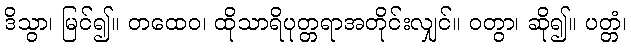
ဒိသွာ၊ မြင်၍။ တထေဝ၊ ထိုသာရိပုတ္တရာအတိုင်းလျှင်။ ဝတွာ၊ ဆို၍။ ပတ္တံ၊